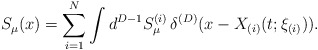
\begin{align*}S_{\mu}(x)= \sum_{i=1}^{N} \int d^{D-1}S_{\mu}^{(i)} \,\delta^{(D)}(x- X_{(i)}(t; \xi_{(i)})).\end{align*}